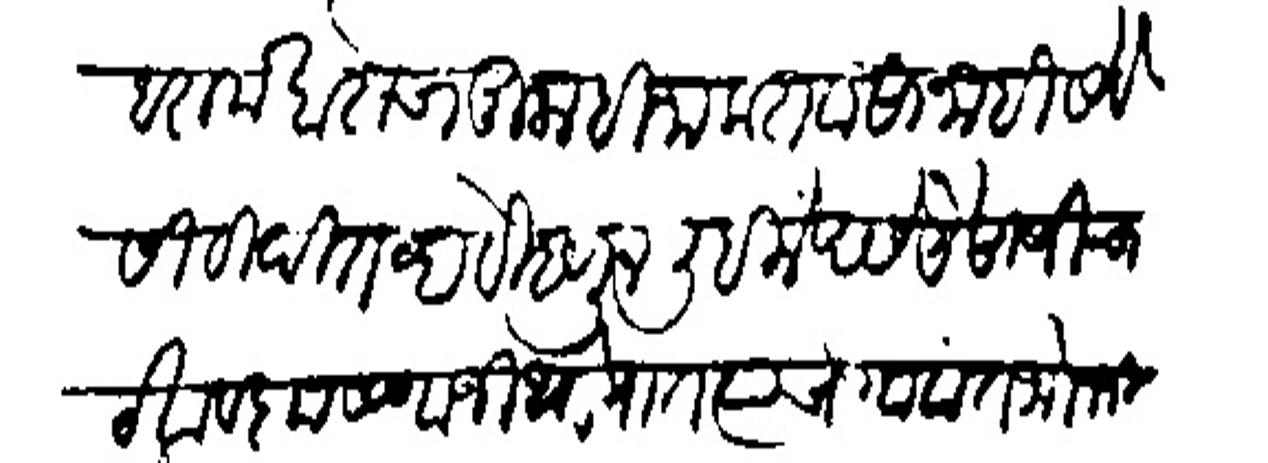
Transliteration (Devanagari): हरामखोराचा मुलाहिजा करावासा नाही सेवेसी विदित व्हावे म्हणून लिहिले असे येसाजीचा ठेवा व कृष्णाजी थोरात त्याचे गावांत भोजजी